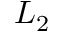
L _ { 2 }